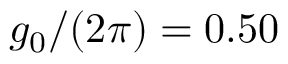
g _ { 0 } / ( 2 \pi ) = 0 . 5 0